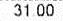
31.00